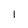
Character: l